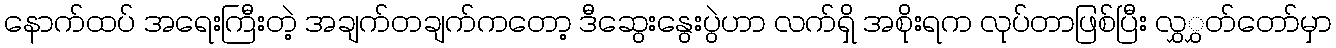
နောက်ထပ် အရေးကြီးတဲ့ အချက်တချက်ကတော့ ဒီဆွေးနွေးပွဲဟာ လက်ရှိ အစိုးရက လုပ်တာဖြစ်ပြီး လွှွှတ်တော်မှာ